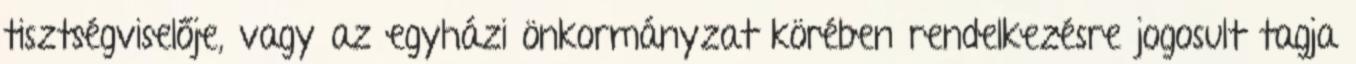
tisztségviselője, vagy az egyházi önkormányzat körében rendelkezésre jogosult tagja